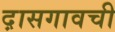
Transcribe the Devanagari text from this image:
द़ासगावची